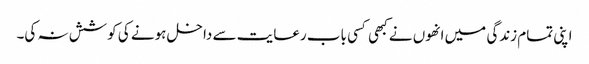
اپنی تمام زندگی میں انھوں نے کبھی کسی باب رعایت سے داخل ہونے کی کوشش نہ کی۔